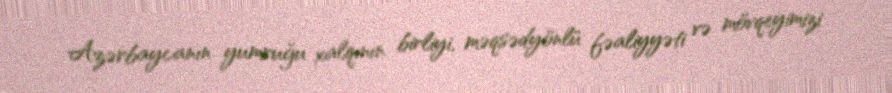
Azərbaycanın yumruğu xalqının birliyi, məqsədyönlü fəaliyyəti və mövqeyimizi